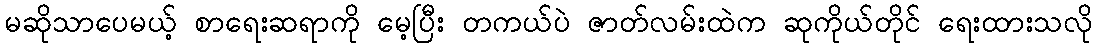
မဆိုသာပေမယ့် စာရေးဆရာကို မေ့ပြီး တကယ်ပဲ ဇာတ်လမ်းထဲက ဆုကိုယ်တိုင် ရေးထားသလို